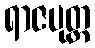
ရာဇပုတ္တ